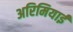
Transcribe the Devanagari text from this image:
अरिमियाई